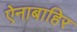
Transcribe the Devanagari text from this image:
ऐनाबाहिर